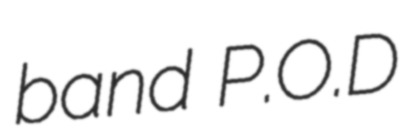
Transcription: band P.O.D